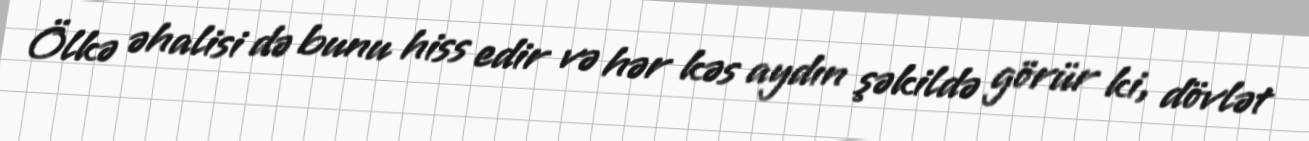
Ölkə əhalisi də bunu hiss edir və hər kəs aydın şəkildə görür ki, dövlət